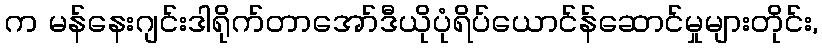
က မန်နေးဂျင်းဒါရိုက်တာအော်ဒီယိုပုံရိပ်ယောင်န်ဆောင်မှုများတိုင်း,